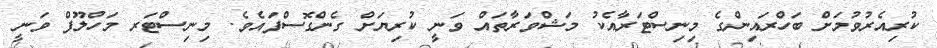
ކުރިއެރުވުމަށް ބަހްރައިންގެ މިނިސްޓަރާއެކު މަޝްވަރާތައް ވަނީ ކުރިޔަށް ގެންގޮސްފައެވެ. މިނިސްޓަރ މަހްލޫފް ވަނީ